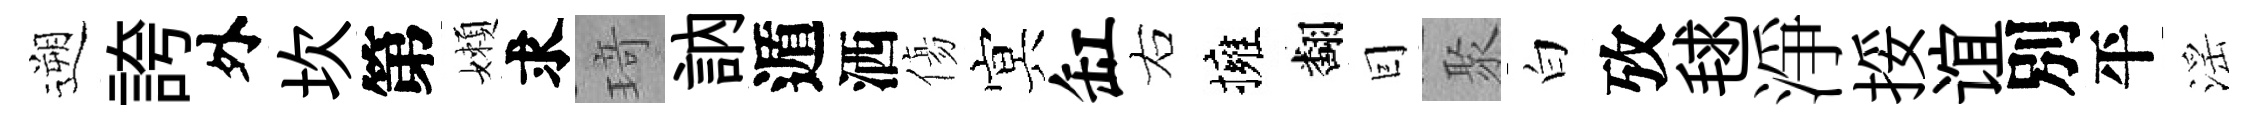
遡誇外坎第嬾求𤦺訥遁洒傷㝠缸右擁翻囙聚白攷毬淨挼谊別平滛